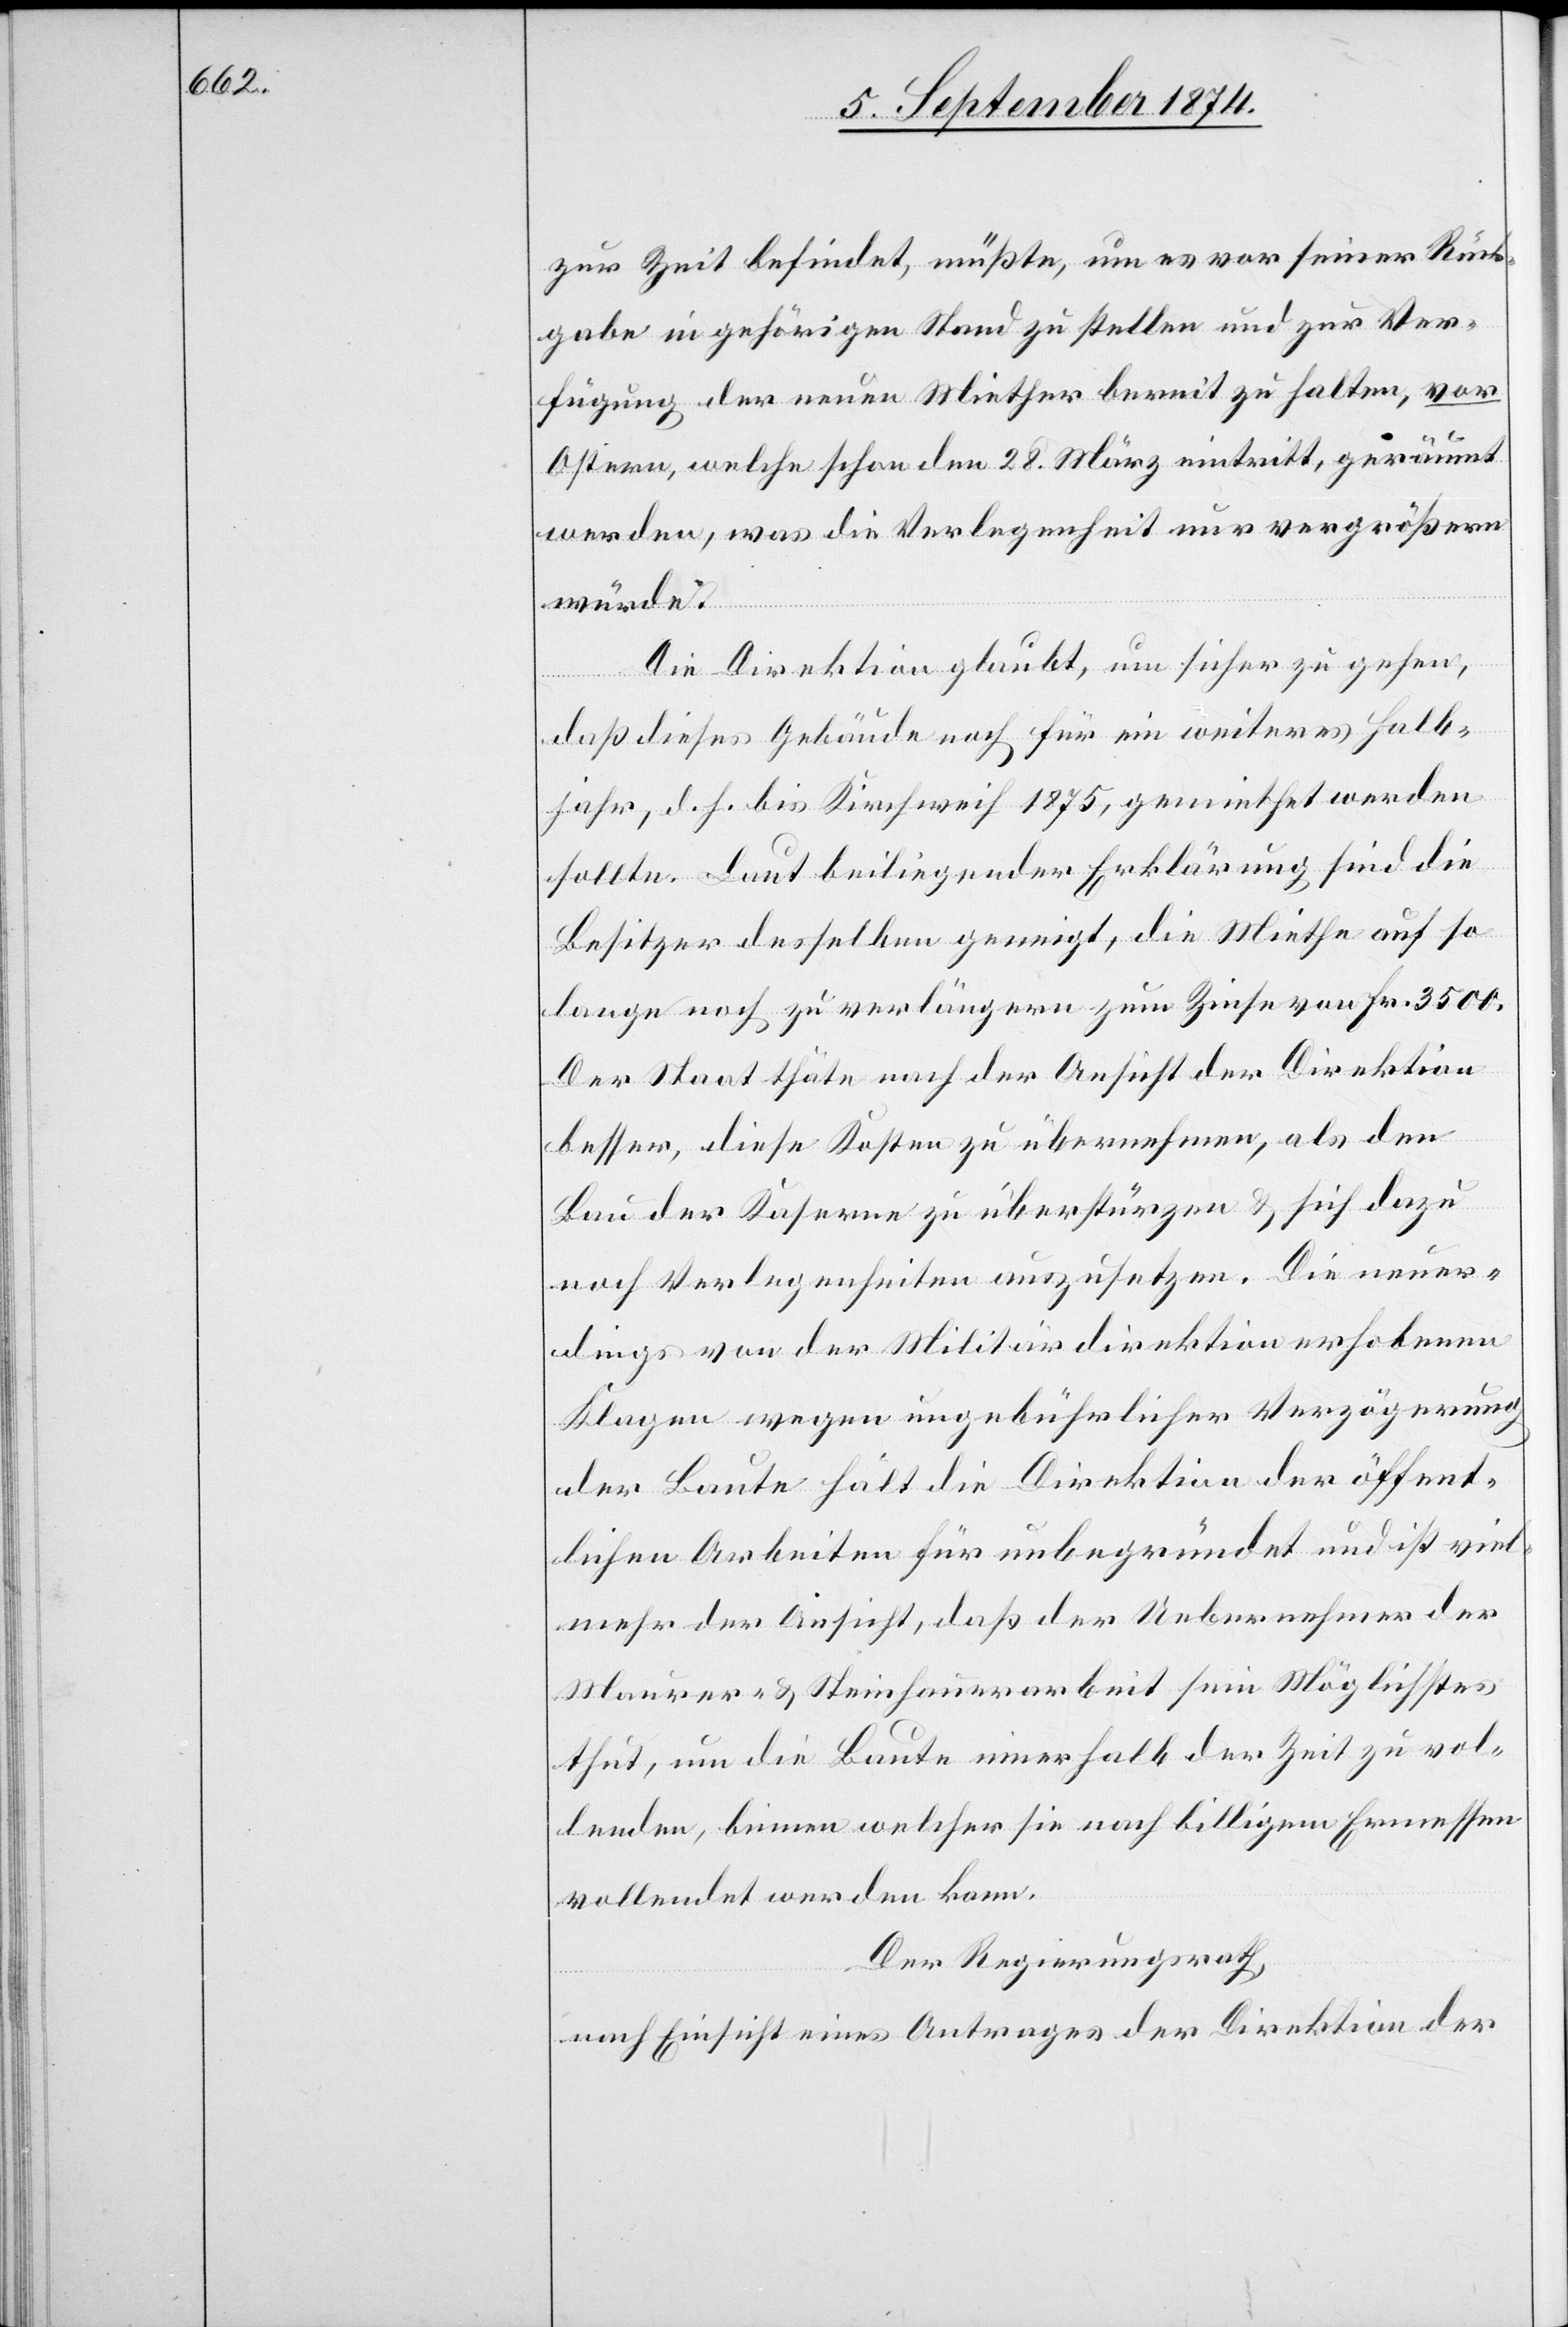
zur Zeit befindet, müßte, um es vor seiner Rück¬
gabe in gehörigen Stand zu stellen und zur Ver¬
fügung der neuen Miether bereit zu halten, vor
Ostern, welche schon den 28. März eintritt, geräumt
werden, was die Verlegenheit nur vergrößern
würde.
Die Direktion glaubt, um sicher zu gehen,
daß dieses Gebäude noch für ein weiteres Halb¬
jahr, d. h. bis Kirchweih 1875, gemiethet werden
sollte. Laut beiliegender Erklärung sind die
Besitzer desselben geneigt, die Miethe auf so¬
lange noch zu verlängern zum Zinse von Fr. 3500.
Der Staat thäte nach der Ansicht der Direktion
besser, diese Kosten zu übernehmen, als den
Bau der Kaserne zu überstürzen u. sich dazu
noch Verlegenheiten auszusetzen. Die neuer¬
dings von der Militärdirektion erhobenen
Klagen wegen ungebührlicher Verzögerung
der Baute hält die Direktion der öffent¬
lichen Arbeiten für unbegründet und ist viel¬
mehr der Ansicht, daß der Uebernehmer der
Maurer- u. Steinhauerarbeit sein Möglichstes
thut, um die Baute innerhalb der Zeit zu vol¬
lenden, binnen welcher sie nach billigem Ermessen
vollendet werden kann.
Der Regierungsrath,
nach Einsicht eines Antrages der Direktion der